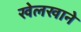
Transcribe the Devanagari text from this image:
खेलखाने